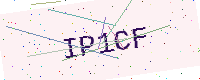
Text: IP1CF